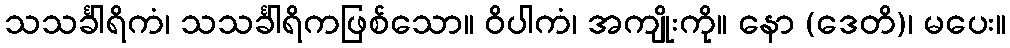
သသင်္ခါရိကံ၊ သသင်္ခါရိကဖြစ်သော။ ဝိပါကံ၊ အကျိုးကို။ နော (ဒေတိ)၊ မပေး။